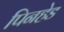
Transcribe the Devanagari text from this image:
पिनहेड